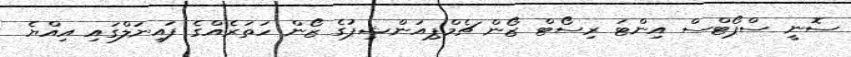
ސޮނީ ސްޕޯޓްސް އިންޓަ ރިސޯޓް ޒޯން ޗެމްޕިއަންޝިޕުގެ ޒޯން ހަތަރެއްގެ ފައިނަލްގައި އިއްޔެ